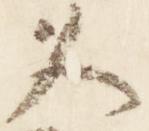
久